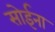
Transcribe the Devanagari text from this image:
सोईना